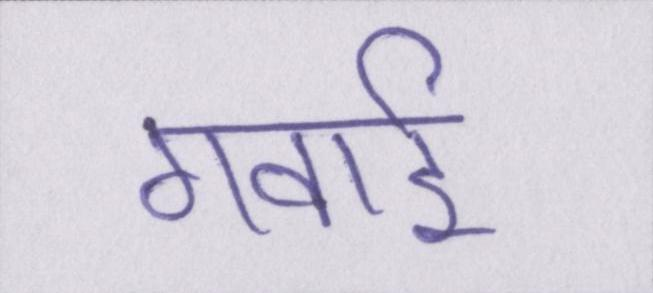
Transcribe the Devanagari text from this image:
गवाई